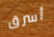
أسرق